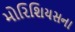
મોરિશિયસના